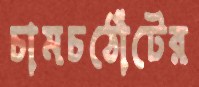
চামচঠোঁটের